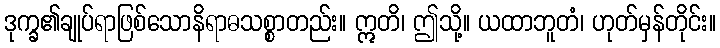
ဒုက္ခ၏ချုပ်ရာဖြစ်သောနိရာဓသစ္စာတည်း။ ဣတိ၊ ဤသို့။ ယထာဘူတံ၊ ဟုတ်မှန်တိုင်း။